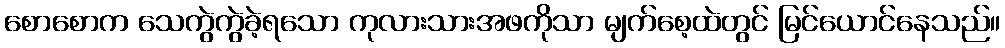
စောစောက သေကွဲကွဲခဲ့ရသော ကုလားသားအဖကိုသာ မျက်စေ့ထဲတွင် မြင်ယောင်နေသည်။